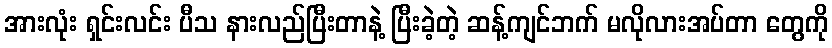
အားလုံး ရှင်းလင်း ပီသ နားလည်ပြီးတာနဲ့ ပြီးခဲ့တဲ့ ဆန့်ကျင်ဘက် မလိုလားအပ်တာ တွေကို